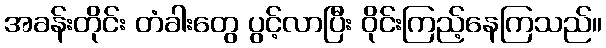
အခန်းတိုင်း တံခါးတွေ ပွင့်လာပြီး ဝိုင်းကြည့်နေကြသည်။